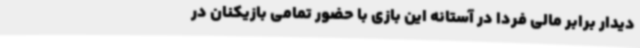
دیدار برابر مالی فردا در آستانه این بازی با حضور تمامی بازیکنان در